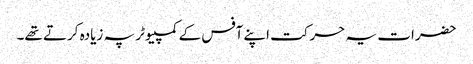
حضرات یہ حرکت اپنے آفس کے کمپیوٹر پہ زیادہ کرتے تھے۔